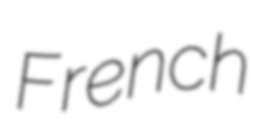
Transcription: French